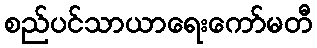
စည်ပင်သာယာရေးကော်မတီ